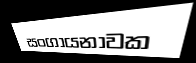
සංගායනාවක